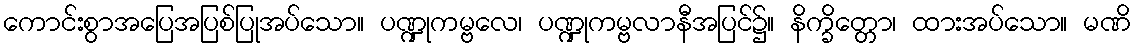
ကောင်းစွာအပြေအပြစ်ပြုအပ်သော။ ပဏ္ဍုကမ္ဗလေ၊ ပဏ္ဍုကမ္ဗလာနီအပြင်၌။ နိက္ခိတ္တော၊ ထားအပ်သော။ မဏိ